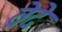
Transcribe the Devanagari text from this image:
व्रेदे